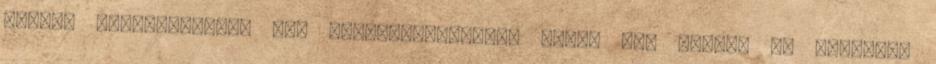
utolsó szalmaszálnak még népszavazhatnánk róla. Ja, persze az ötperces